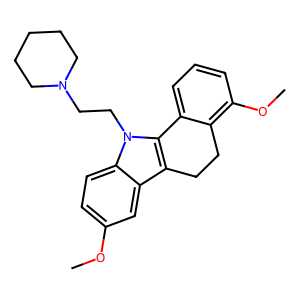
SMILES: COc1ccc2c(c1)c1c(n2CCN2CCCCC2)-c2cccc(OC)c2CC1
Inhibits HIV replication: No